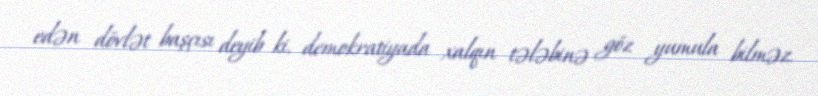
edən dövlət başçısı deyib ki, demokratiyada xalqın tələbinə göz yumula bilməz.